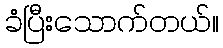
ခံပြီးသောက်တယ်။